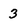
Character: 3